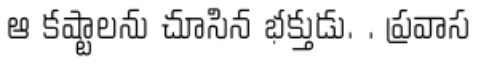
ఆ కష్టాలను చూసిన భక్తుడు. . ప్రవాస